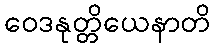
ဝေဒနုတ္တိယေနာတိ